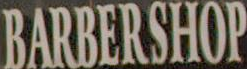
BARBERSHOP